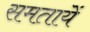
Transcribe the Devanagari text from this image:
समतायें